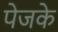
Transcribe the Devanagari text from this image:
पेजके